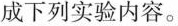
成下列实验内容。